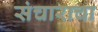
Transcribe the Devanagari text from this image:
संचाराचा